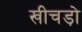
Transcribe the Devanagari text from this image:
खीचड़ो